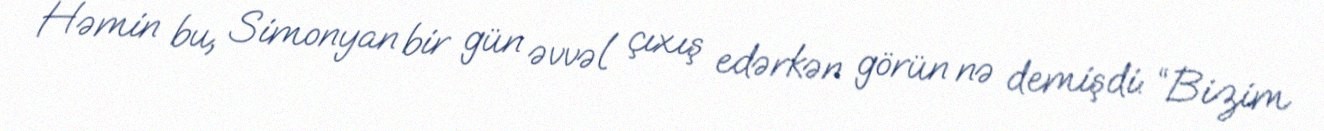
Həmin bu, Simonyan bir gün əvvəl çıxış edərkən görün nə demişdi: “Bizim